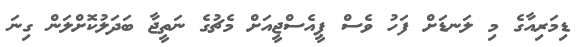
ޑިމަރިއާގެ މި ލަނޑަށް ފަހު ވެސް ޕީއެސްޖީއަށް މެޗުގެ ނަތީޖާ ބަދަލުކޮށްލަން ގިނަ